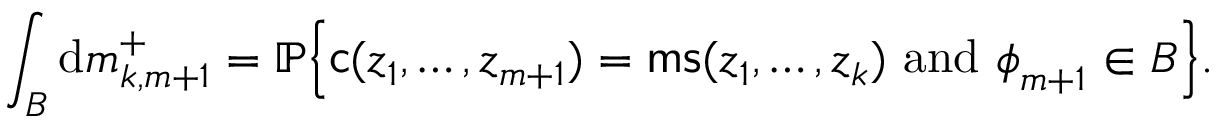
\int _ { B } \mathrm { d } \mathfrak { m } _ { k , m + 1 } ^ { + } = { \mathbb { P } } \Big \{ \mathsf { c } ( { \boldsymbol { z } } _ { 1 } , \ldots , { \boldsymbol { z } } _ { m + 1 } ) = \mathsf { m s } ( { \boldsymbol { z } } _ { 1 } , \ldots , { \boldsymbol { z } } _ { k } ) \mathrm { ~ a n d ~ } { \boldsymbol { \phi } } _ { m + 1 } \in B \Big \} .